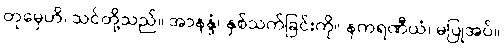
တုမှေဟိ၊ သင်တို့သည်။ အာနန္ဒံ၊ နှစ်သက်ခြင်းကို။ နကရဏီယံ၊ မပြုအပ်။